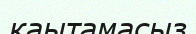
каытамасыз